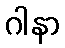
ဂါနာ